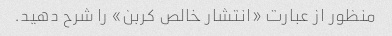
منظور از عبارت «انتشار خالص کربن» را شرح دهید.